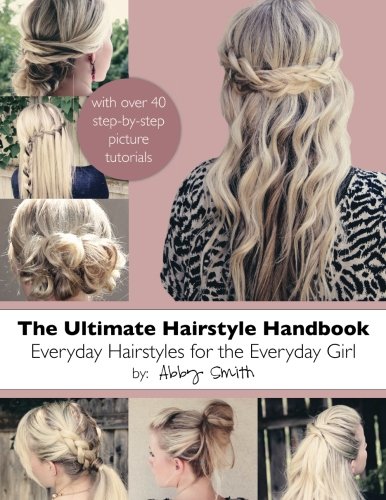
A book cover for The Ultimate Hairstyle Handbook: Everyday Hairstyles for the Everyday Girl; Abby Smith; Health, Fitness & Dieting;